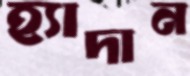
হ্যাদান